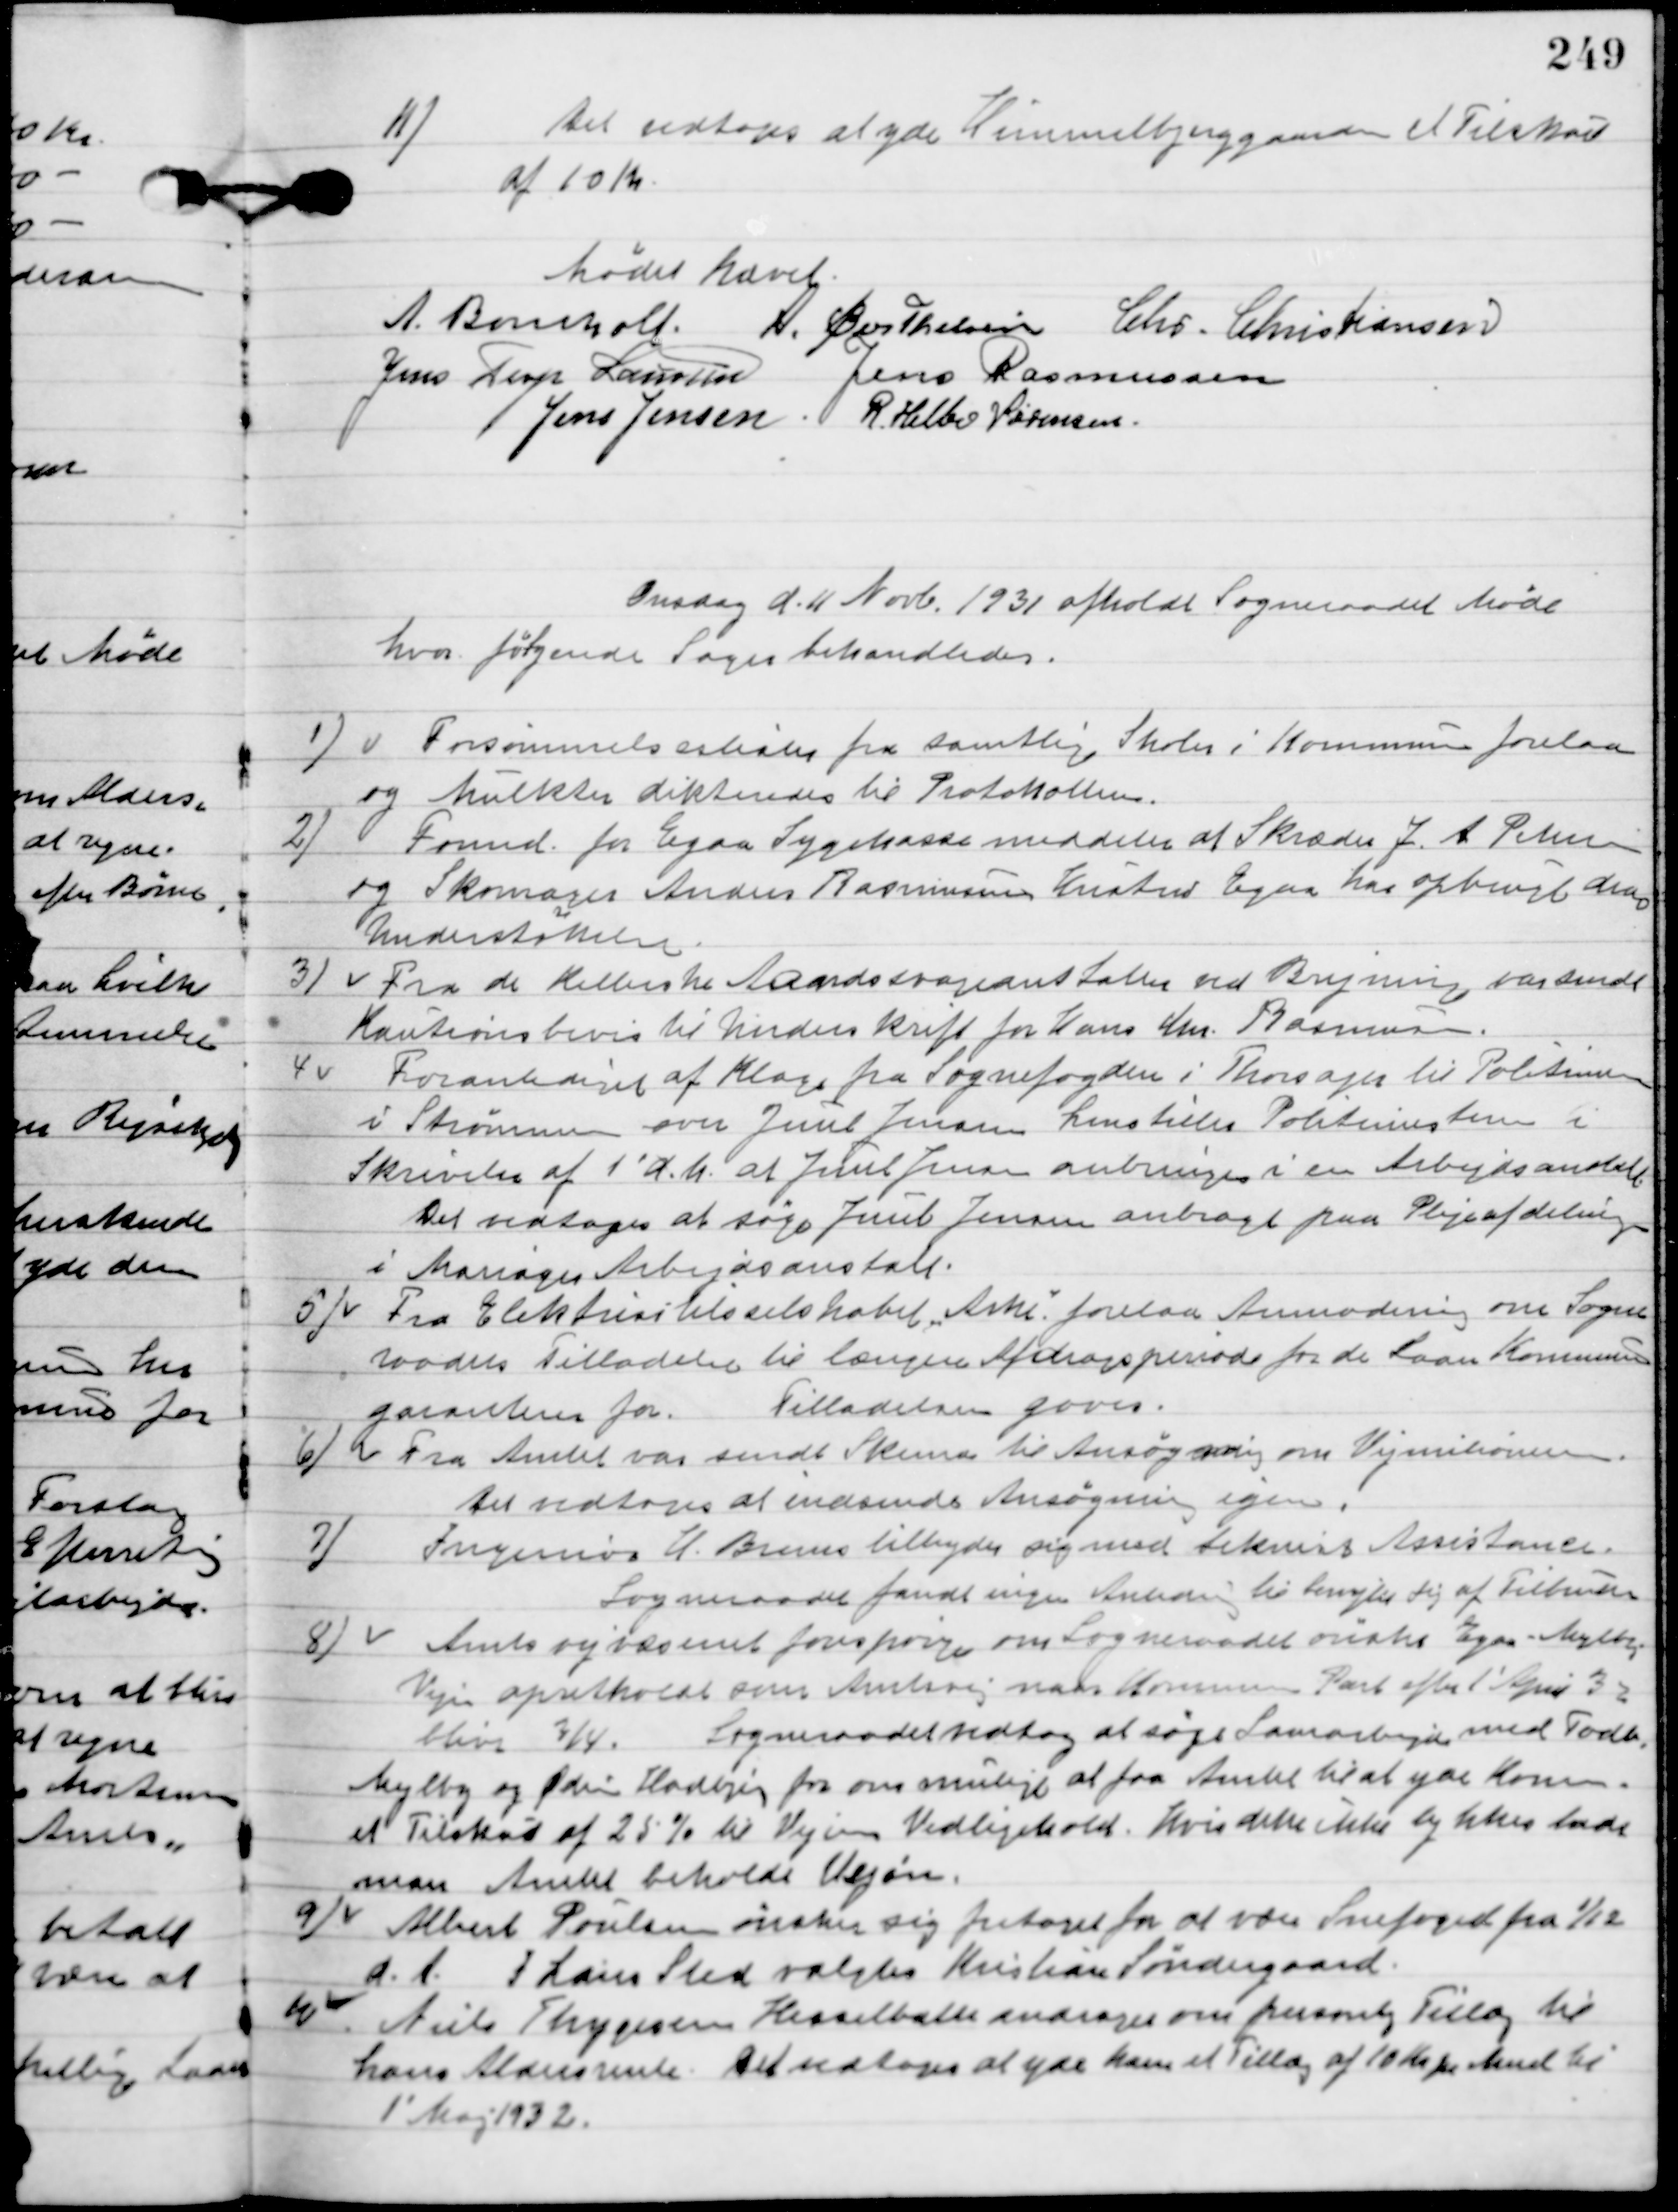
Transskription:
11

Det vedtoges at yde Himmelbjergaarden et Tilskud
af 10 Kr.

Mødet hævet.

A. Bomholt
A. Berthelsen
Chr. Christiansen
Jens Terp Laursen
Jens Rasmussen
Jens Jensen
R. Helbo Sørensen

Onsdag d. 11. Novb. 1931 afholdt Sogneraadet Møde
hvor følgende Sager behandledes.

1

Forsømmelseslister for samtlige Skoler i Kommunen forelaa
og Mulkter dikteredes til Protokollen.

2

Formd. for Egaa Sygekasse meddeler at Skrædder J. A. Petersen 
og Skomager Anders Rasmussens Hustruer Egaa har opbrugt deres 
Understøttelse.

3

Fra de Kellerske Aandssvageanstalten ved Brejninge var sendt
Kautionsbevis til Underskrift for Hans Chr. Rasmussen.

4

Foranlediget af Klage fra Sognefogden i Thorsager til Politimesteren
 i Strømmen  over Juul Jensen henstiller Politimesteren i
Skrivelse af 1´ d. M. at Juul Jensen anbragt i en Arbejdsanstalt.
Det vedtoges at søge Juul Jensen anbragt paa Plejeafdelingen
i Mariager Arbejdsanstalt.

5

Fra Elektricitetsselskabet Arke forelaa Anmodning om Sogne-
raadts Tilladelse til længere Afdragsperiode for de laan Kommune-
garantere for.
Tilladelsen gives.

6

Fra Amtet var sendt Skema til Ansøgning om Vej millionerne.
Det vedtoges at indsende Ansøgningen igen.

7

Ingeniør U. Bruus tilbyder sig med teknisk Assistance.
Sogneraadet fandt ingen Anledning til benyttelse af Tilbuddet.

8

Amts vejvæsenet forespørger om Sogneraadet ønsker Egaa Mejlby
Vejen opretholdt som Amtsvej naar Kommunen Part aflyst 1´April 3
bliver 3/4.
Sogneraadet vedtog at søge Samarbejde med Todbjerg
Mejlby og Ødum Hadbjerg for om muligt at faa Amtet til at yde Kom-
munen et Tilskud af 25 % til Vejens Vedligehold.  Hvis dette ikke lykkedes lade
man Amtet beholde Vejen.

9.

Albert Poulsen ønsker sig fritaget for at være Snefoged fra 1/12
d. A. I hans Sted valgtes Kristian Søndergaard.

10

Niels Thygesen Hesselballe andrager om personlig Tillæg til
hans Aldersrente. Det vedtoges at yde ham et Tillæg af 10 Kr. Mnd. til
1´ Maj 1932.